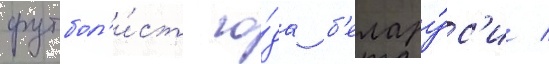
футбол'и́ст го́да б'елару́с'и /